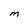
Character: M